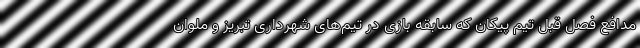
مدافع فصل قبل تیم پیکان که سابقه بازی در تیم‌های شهرداری تبریز و ملوان